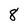
Character: 8